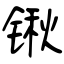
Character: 锹